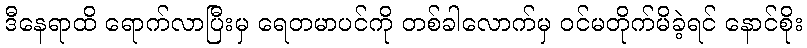
ဒီနေရာထိ ရောက်လာပြီးမှ ရေတမာပင်ကို တစ်ခါလောက်မှ ဝင်မတိုက်မိခဲ့ရင် နောင်စိုး